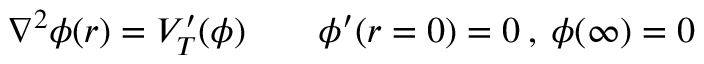
\nabla ^ { 2 } \phi ( r ) = V _ { T } ^ { \prime } ( \phi ) \qquad \phi ^ { \prime } ( r = 0 ) = 0 \: , \: \phi ( \infty ) = 0